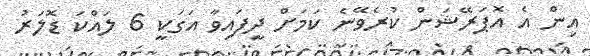
އިން އެ އޮޕަރޭޝަން ކުރެވޭނެ ކަމަށް ދީފައިވާ އަގަކީ 6 ލައްކަ ޑޮލަރު